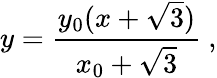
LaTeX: y=\frac{y_{0}(x+\sqrt{3})}{x_{0}+\sqrt{3}}\ ,